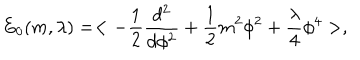
E _ { 0 } ( m , \lambda ) = < - { \frac { 1 } { 2 } } { \frac { d ^ { 2 } } { d \phi ^ { 2 } } } + { \frac { 1 } { 2 } } m ^ { 2 } \phi ^ { 2 } + \frac { \lambda } { 4 } \phi ^ { 4 } > ,